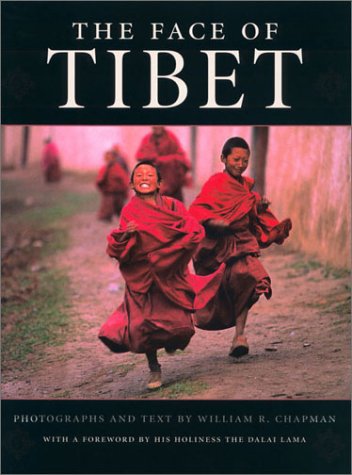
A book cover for The Face of Tibet; Travel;